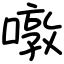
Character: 噋